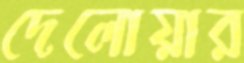
দেলোয়ার